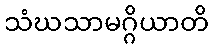
သံဃသာမဂ္ဂိယာတိ